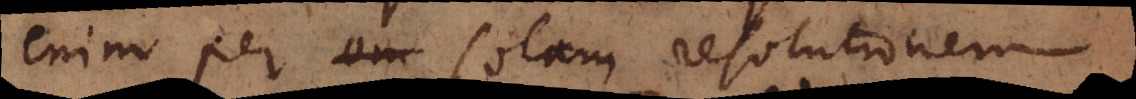
enim per om solam resolutionem